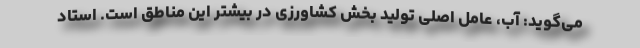
می‌گوید: آب، عامل اصلی تولید بخش کشاورزی در بیشتر این مناطق است. استاد